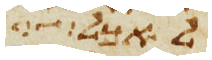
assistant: לאכלה